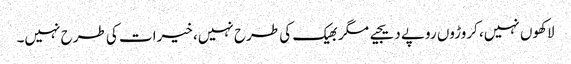
لاکھوں نہیں، کروڑوں روپے دیجیے مگر بھیک کی طرح نہیں، خیرات کی طرح نہیں۔